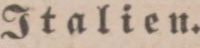
Italien.